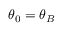
\theta _ { 0 } = \theta _ { B }